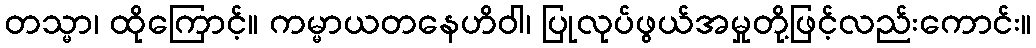
တသ္မာ၊ ထိုကြောင့်။ ကမ္မာယတနေဟိဝါ၊ ပြုလုပ်ဖွယ်အမှုတို့ဖြင့်လည်းကောင်း။